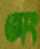
অং